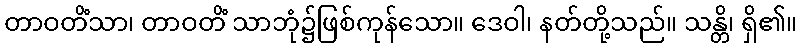
တာဝတိံသာ၊ တာဝတိံ သာဘုံ၌ဖြစ်ကုန်သော။ ဒေဝါ၊ နတ်တို့သည်။ သန္တိ၊ ရှိ၏။